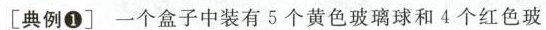
[典例①]一个盒子中装有5个黄色玻璃球和4个红色玻